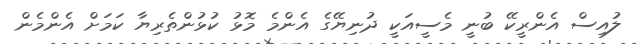
ލުއިސް އެންރީކޭ ބުނީ މެސީއަކީ ދުނިޔޭގެ އެންމެ މޮޅު ކުޅުންތެރިޔާ ކަމަށް އެންމެން